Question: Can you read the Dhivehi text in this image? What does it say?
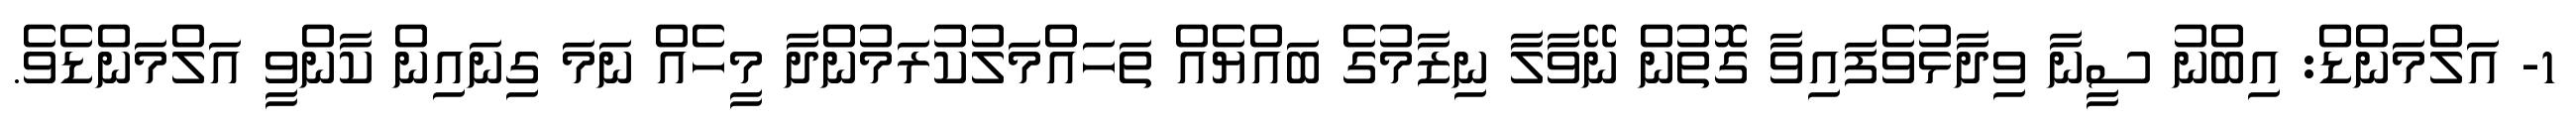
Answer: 1- އަލްމަންޑް: އިބްނު ސީނާ ވިދާޅުވެފައިވާ ގޮތުން ނޭވާލާ ނިޒާމުގެ ބައްޔެއް ތަހައްމަލުކުރަމުންދާ މީހެއް ނަމަ ގިނައިން ކާންވީ އަލްމަންޑެވެ.